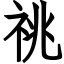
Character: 祧